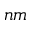
n m